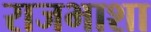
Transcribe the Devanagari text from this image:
राजभाशा